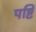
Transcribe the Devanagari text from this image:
पष्टि